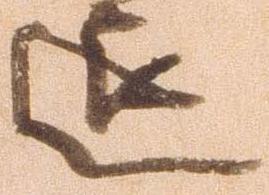
退